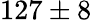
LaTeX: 127\pm 8